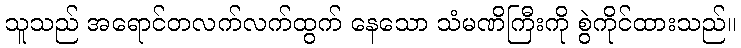
သူသည် အရောင်တလက်လက်ထွက် နေသော သံမဏိကြီးကို စွဲကိုင်ထားသည်။